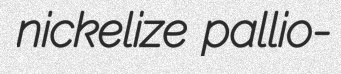
nickelize pallio-